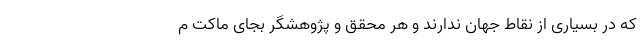
که در بسیاری از نقاط جهان ندارند‌ و هر محقق و پژوهشگر بجای ماکت م